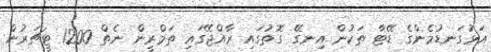
އަޅުަގަނޑުމެންގެ ޑޭޓާ ތަކުން އިނގޭ ގޮތުގައި ރާއްޖޭގައި ތަމްރީން ނެތް 1200 ޓީޗަރުން